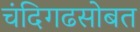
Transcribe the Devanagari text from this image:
चंदिगढसोबत